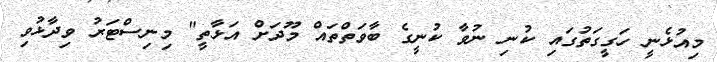
މިއުޅެނީ ހަގީގަތުގައި ކުނި ނުވާ ކުނީގެ ބާވަތްތައް މޫދަށް އަޅާތީ" މިނިސްޓަރު ވިދާޅުވި